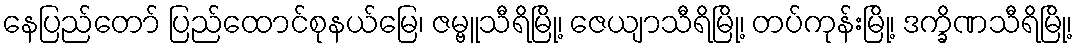
နေပြည်တော် ပြည်ထောင်စုနယ်မြေ၊ ဇမ္ဗူသီရိမြို့၊ ဇေယျာသီရိမြို့၊ တပ်ကုန်းမြို့၊ ဒက္ခိဏသီရိမြို့၊